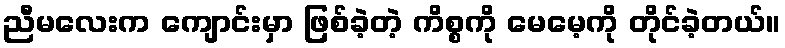
ညီမလေးက ကျောင်းမှာ ဖြစ်ခဲ့တဲ့ ကိစ္စကို မေမေ့ကို တိုင်ခဲ့တယ်။